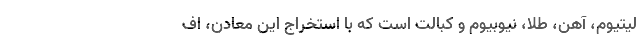
لیتیوم، آهن، طلا، نیوبیوم و کبالت است که با استخراج این معادن، اف